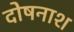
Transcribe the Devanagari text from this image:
दोषनाश